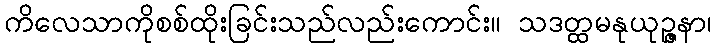
ကိလေသာကိုစစ်ထိုးခြင်းသည်လည်းကောင်း။ သဒတ္ထမနုယုဉ္ဇနာ၊